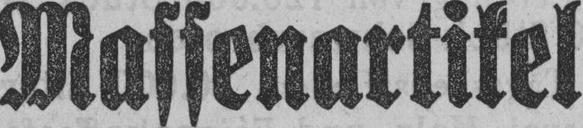
Massenartikel